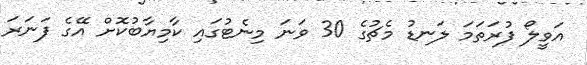
އަވީލޯ ފުރަތަމަ ލަނޑު މެޗުގެ 30 ވަނަ މިނެޓުގައި ކާމިޔާބުކޮށް އޭގެ ފަނަރަ